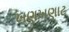
ખણખણાટ